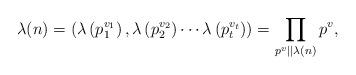
LaTeX: \begin{align*}\lambda (n)=\left (\lambda \left(p_1^{v_1}\right),\lambda \left (p_2^{v_2}\right ) \cdots \lambda \left (p_t^{v_t}\right ) \right )=\prod _{p^v \mid \mid \lambda (n)} p^v,\end{align*}